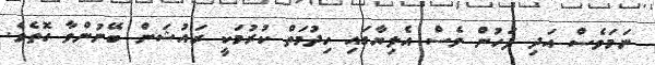
ނަމަވެސް އަދި ފަހުން ވެސް އެލިޔާގައި ހިދުމަތް ކުރުމަކީ ރައުޝަން ބޭނުންވާ ގޮތެވެ.